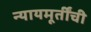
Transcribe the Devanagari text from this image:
न्यायमूर्तींची